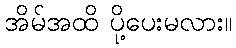
အိမ်အထိ ပို့ပေးမလား။